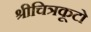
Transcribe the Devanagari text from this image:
श्रीचित्रकूटो